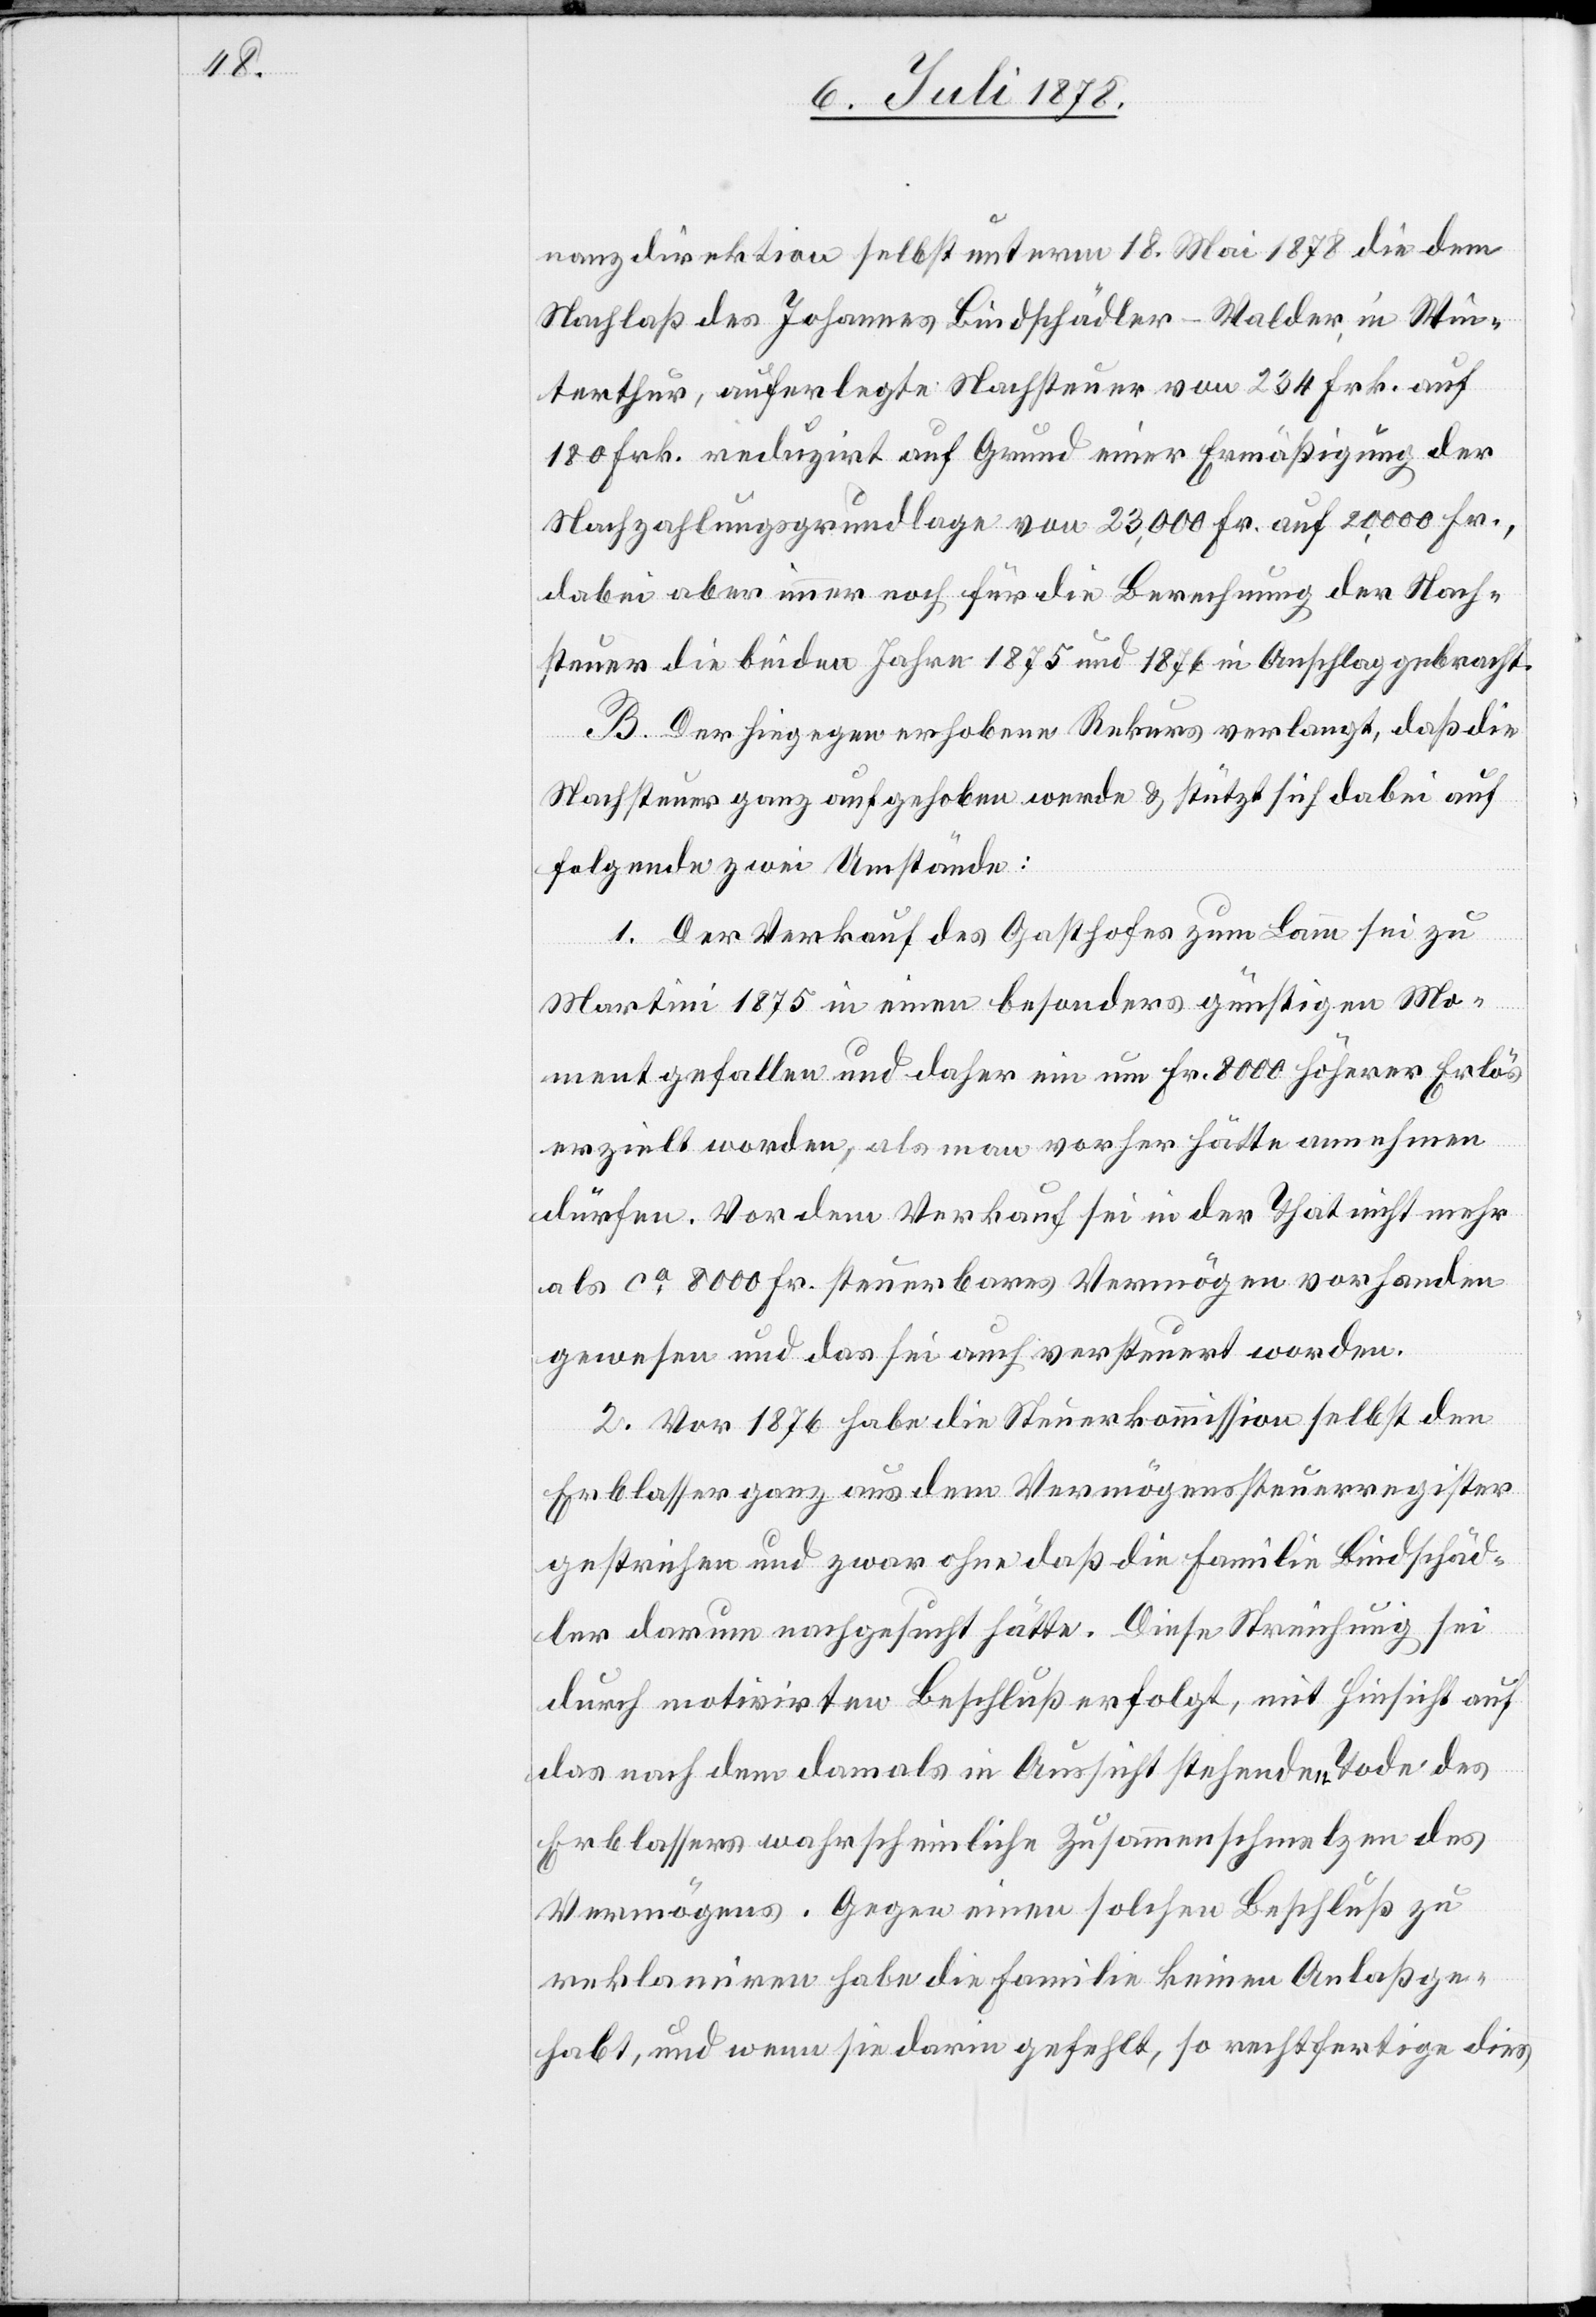
nanzdirektion selbst unterm 18. Mai 1878 die dem
Nachlaß des Johannes Bindschädler-Walder, in Win¬
terthur, auferlegte Nachsteuer von 234 Frk. auf
180 Frk. reduzirt auf Grund einer Ermäßigung der
Nachzahlungsgrundlage von 23,000 Fr. auf 20,000 Fr.,
dabei aber immer noch für die Berechnung der Nach¬
steuer die beiden Jahre 1875 und 1876 in Anschlag gebracht.
B. Der hingegen erhobene Rekurs verlangt, daß die
Nachsteuer ganz aufgehoben werde & stützt sich dabei auf
folgende zwei Umstände:
1. Der Verkauf des Gasthofes zum Lamm sei zu
Martini 1875 in einen besonders günstigen Mo¬
ment gefallen und daher ein um Fr. 8000 höherer Erlös
erzielt worden, als man vorher hätte annehmen
dürfen. Vor dem Verkauf sei in der That nicht mehr
als ca 8000 Fr. steuerbares Vermögen vorhanden
gewesen und das sei auch versteuert worden.
2. Vor 1876 habe die Steuerkommission selbst den
Erblasser ganz aus dem Vermögenssteuerregister
gestrichen und zwar ohne daß die Familie Bindschäd¬
ler darum nachgesucht hätte. Diese Streichung sei
durch motivirten Beschluß erfolgt, mit Hinsicht auf
das nach dem damals in Aussicht stehenden Tode des
Erblassers wahrscheinliche Zusammenschmelzen des
Vermögens. Gegen einen solchen Beschluß zu
reklamiren habe die Familie keinen Anlaß ge¬
habt, und wenn sie darin gefehlt, so rechtfertige dies